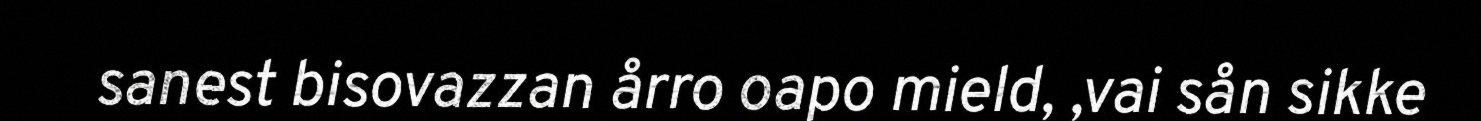
sanest bisovazzan årro oapo mield, ,vai sån sikke